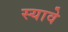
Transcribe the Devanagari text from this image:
स्यावे